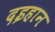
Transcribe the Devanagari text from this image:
दइहान